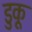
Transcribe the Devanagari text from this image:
डुकू